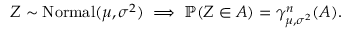
Z \sim \operatorname { N o r m a l } ( \mu , \sigma ^ { 2 } ) \implies \mathbb { P } ( Z \in A ) = \gamma _ { \mu , \sigma ^ { 2 } } ^ { n } ( A ) .